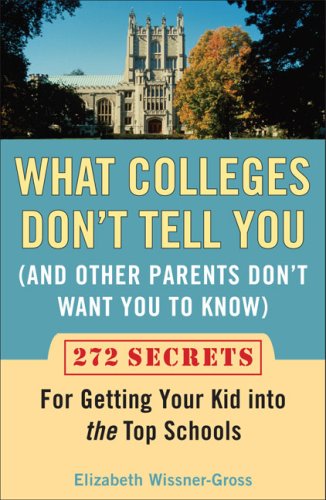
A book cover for What Colleges Don't Tell You (And Other Parents Don't Want You to Know): 272 Secrets for Getting Your Kid into the Top Schools; Elizabeth Wissner-Gross; Education & Teaching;